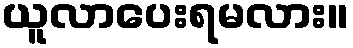
ယူလာပေးရမလား။